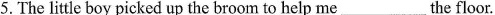
5.The little boy picked up the broom to help me___the floor.